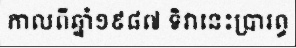
កាលពីឆ្នាំ១៩៨៧ ទិវានេះប្រារព្ធ